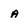
Character: A